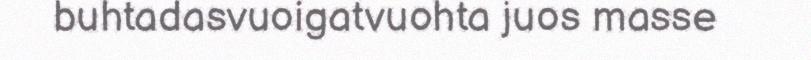
buhtadasvuoigatvuohta juos masse